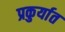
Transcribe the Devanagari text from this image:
प्रकुर्यात